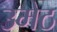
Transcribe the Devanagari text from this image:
उमेठ